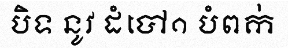
បិទ នូវ ដំបៅ១ បំពក់